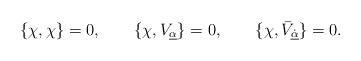
LaTeX: \begin{align*}{\displaystyle\{\chi,\chi\}=0,\hspace{2em} \{\chi,V_{\underline\alpha}\}=0,\hspace{2em}\{\chi,\bar V_{\underline{\dot\alpha}}\}=0.}\end{align*}